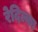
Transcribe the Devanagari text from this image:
रेदिल्का